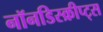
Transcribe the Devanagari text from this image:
नॉनडिस्क्रीप्ट्स